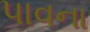
પાવના